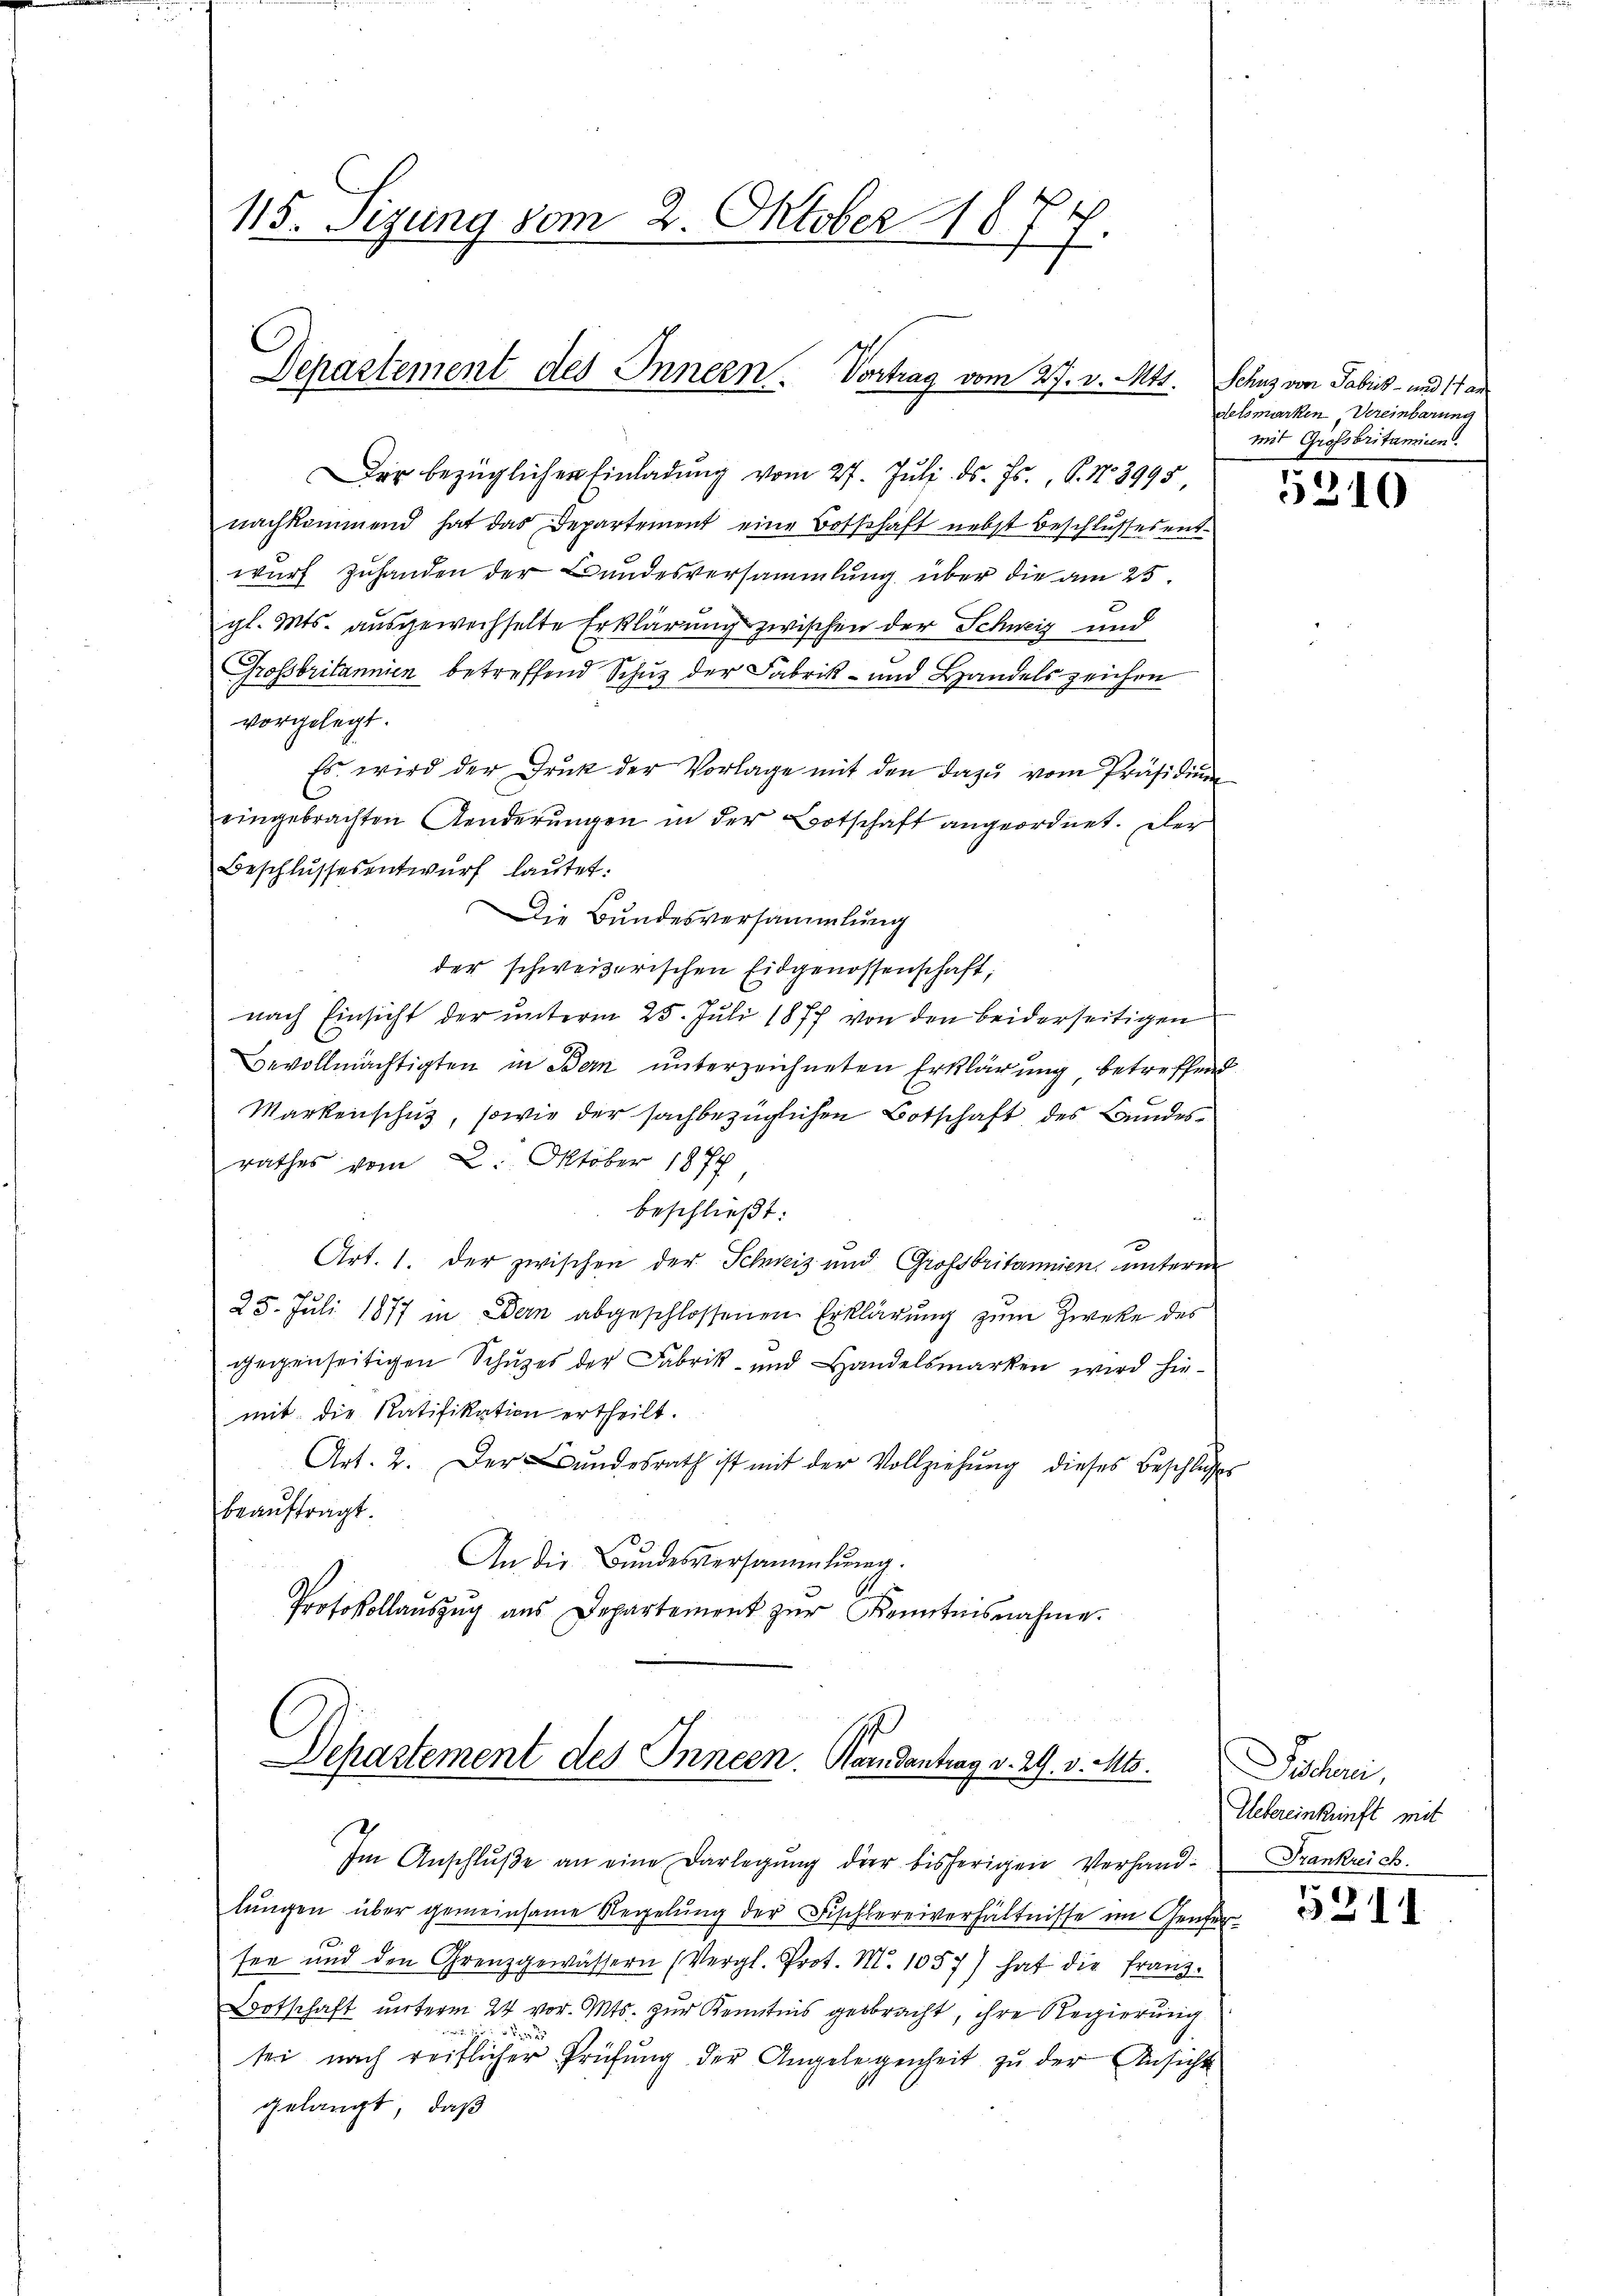
115. Sigung vom 2. Oktober 1874.

Departement des Innern. Vortrag vom 27. v. Mts. Schus von Fabris - und 17 an

Der bezüglicher Einladŭng vom 27. Juli d. Js., S. No 3995
nachkommend hat das Departement eine Botschaft nebst Beschlussesent-
wurf zuhanden der Bundesversammlung über die am 25.
gl. Mts. ausgewechselte Erklärung zwischen der Schweiz und
Grossbritannien betreffend Schuz der Fabrik- und Handels zeichen
vorgelegt.
Es wird der Druk der Vorlage mit den dazu vom Präsidium
eingebrachten Aenderungen in der Botschaft angeordnet. Der
Beschlŭssesentwŭrf lautet:
Die Bundesversammlung
der schweizerischen Eidgenossenschaft,
nach Einsicht der ŭnterm 25. Jŭli 1877 von den beiderseitigen
Bevollmächtigten in Bern unterzeichneten Erklärung betreffend
Markenschutz, sowie der sachbezüglichen Botschaft des Bundesrathes vom 2. Oktober 1877
beschließt:
Art. 1. der zwischen der Schweiz und Großbritannien, unterm
25. Juli 1877 in Dein abgeschlossenen Erklärung zum Zwecke des
gegenseitigen Schuzes der Fabrik- und Handelsmarken wird hiemit die Ratifikation ertheilt.
Art. 2. Der Bŭndesrath ist mit der Vollziehŭng dieses Beschlusses
beauftragt.
An die Bundesversammlung.
Protokollaŭszŭg aŭs Departement zŭr Kenntnisnahme.

Departement des Innern. Kardantrag v. 29. v. Mts.

lŭngen über gemeinsame Regelŭng der Fischlereiverhältnisse im Genfersee und den Grenzgewässern (Vergl. Prot. M. 1057) hat die Franz.
Botschaft unterm 24 vor. Mts. zur Kenntnis gebracht, ihre Regierung
de
tei nach reiflicher Prüfung der Angelegenheit zu der Ansicht
gelangt, daß

Im Anschluße an eine Darlegung der bisherigen Verhand¬

delsmarken, Vereinbarung
mit Grossbritanicen

5310

Döchani
Uebereinkunft mit
Frankreich.

5211